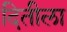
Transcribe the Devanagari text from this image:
दितीला